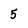
Character: 5